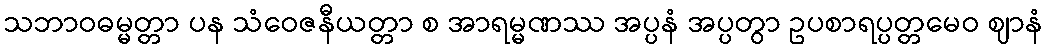
သဘာဝဓမ္မတ္တာ ပန သံဝေဇနီယတ္တာ စ အာရမ္မဏဿ အပ္ပနံ အပ္ပတွာ ဥပစာရပ္ပတ္တမေဝ ဈာနံ